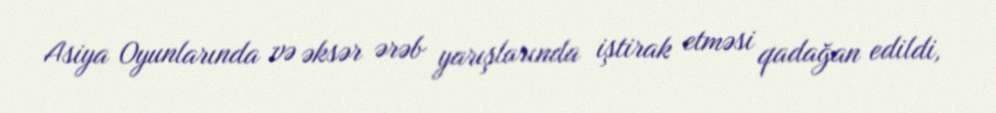
Asiya Oyunlarında və əksər ərəb yarışlarında iştirak etməsi qadağan edildi,